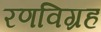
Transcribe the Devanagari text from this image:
रणविग्रह